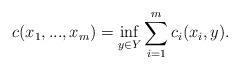
LaTeX: \begin{align*}c(x_1,...,x_m) = \inf_{y \in Y} \sum_{i=1}^m c_i(x_i,y).\end{align*}